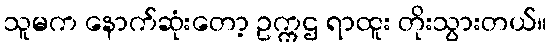
သူမက နောက်ဆုံးတော့ ဥက္ကဌ ရာထူး တိုးသွားတယ်။